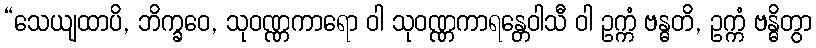
“သေယျထာပိ, ဘိက္ခဝေ, သုဝဏ္ဏကာရော ဝါ သုဝဏ္ဏကာရန္တေဝါသီ ဝါ ဥက္ကံ ဗန္ဓတိ, ဥက္ကံ ဗန္ဓိတွာ